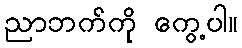
ညာဘက်ကို ကွေ့ပါ။